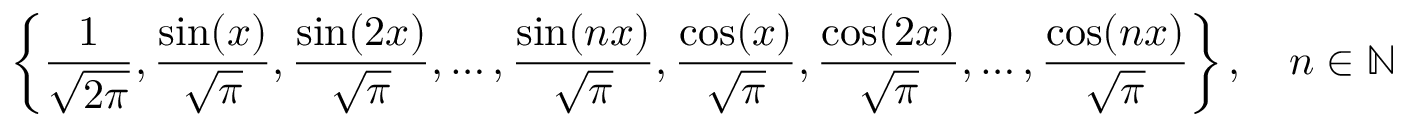
\left\{ { \frac { 1 } { \sqrt { 2 \pi } } } , { \frac { \sin ( x ) } { \sqrt { \pi } } } , { \frac { \sin ( 2 x ) } { \sqrt { \pi } } } , \ldots , { \frac { \sin ( n x ) } { \sqrt { \pi } } } , { \frac { \cos ( x ) } { \sqrt { \pi } } } , { \frac { \cos ( 2 x ) } { \sqrt { \pi } } } , \ldots , { \frac { \cos ( n x ) } { \sqrt { \pi } } } \right\} , \quad n \in \mathbb { N }